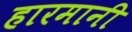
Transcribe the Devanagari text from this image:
हारमानी